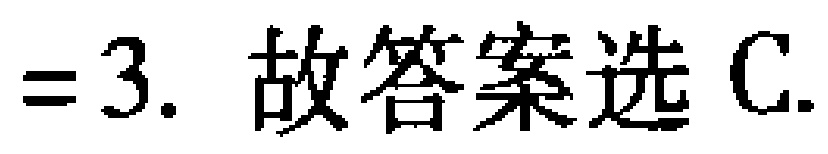
$=3.$ 故答案选 C.